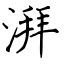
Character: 湃